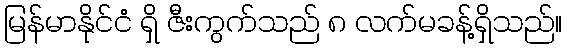
မြန်မာနိုင်ငံ ရှိ ဇီးကွက်သည် ၈ လက်မခန့်ရှိသည်။